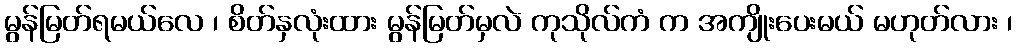
မွန်မြတ်ရမယ်လေ ၊ စိတ်နှလုံးထား မွန်မြတ်မှလဲ ကုသိုလ်ကံ က အကျိုးပေးမယ် မဟုတ်လား ၊